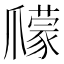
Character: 𤔽